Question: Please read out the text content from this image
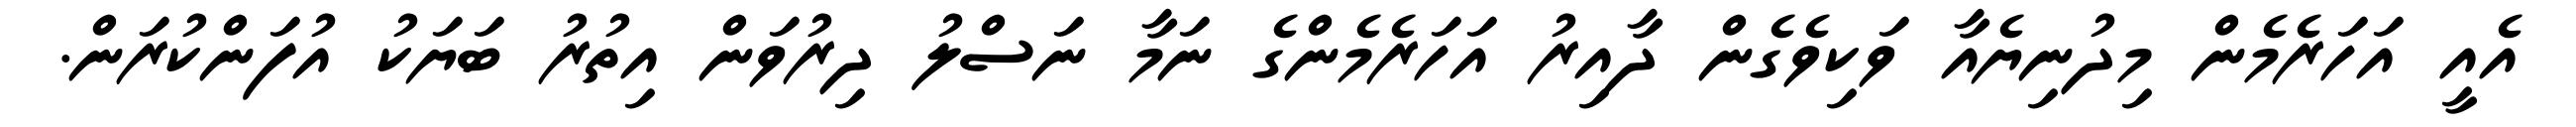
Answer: އެއީ އަހަރެމެން މިދުނިޔެއާ ވަކިވެގެން ދާއިރު އަހަރެމެންގެ ނަމާ ނަސްލު ދިރުވަން އިތުރު ބަޔަކު އުފަންކުރަން.